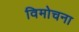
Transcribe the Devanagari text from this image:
विमोचना